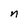
Character: n